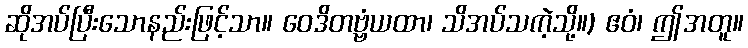
ဆိုအပ်ပြီးသောနည်းဖြင့်သာ။ ဝေဒိတဗ္ဗံယထာ၊ သိအပ်သကဲ့သို့။) ဧဝံ၊ ဤအတူ။